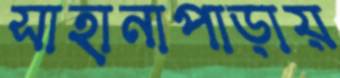
সাহানাপাড়ায়